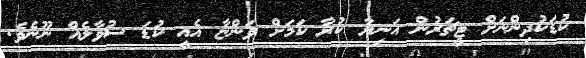
ކުޑަކުދިންނަށް ޓީޗަރުން އަނިޔާ ކުރާ ކަމަށް ވަންޏާ އެއީ ކުޑަ ސުވާލެއް ނޫނެވެ.